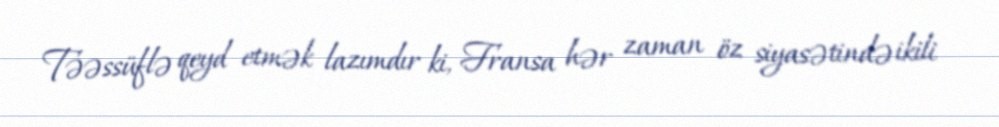
Təəssüflə qeyd etmək lazımdır ki, Fransa hər zaman öz siyasətində ikili